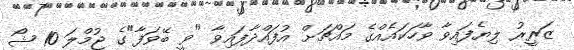
ޒަރީރު ލިޔެފައިވާ ވާހަކައެއްގެ މައްޗަށް އުފައްދާފައިވާ "ވީ ބޭވަފާ"ގެ ޖުމްލަ 10 ޝޯ